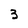
Character: 3